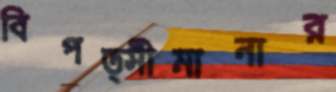
বিপত্সীমানার